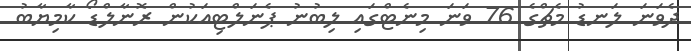
ދެވަނަ ލަނޑު މެޗްގެ 76 ވަނަ މިނެޓްގައި ލިބުނު ޕެނަލްޓިއަކުން ރޮނާލްޑޯ ކާމިޔާބު